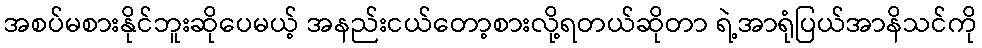
အစပ်မစားနိုင်ဘူးဆိုပေမယ့် အနည်းငယ်တော့စားလို့ရတယ်ဆိုတာ ရဲ့အာရုံပြယ်အာနိသင်ကို